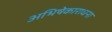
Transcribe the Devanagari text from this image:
अभिषेकाराधना